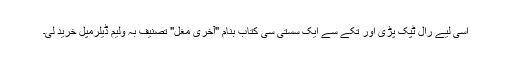
اسی لیے رال ٹپک پڑی اور تُکے سے ایک سستی سی کتاب بنام "آخری مغل" تصنیف بہ ولیم ڈیلرمپل خرید لی۔